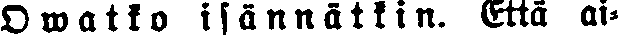
Osatko isännätkin. Että ai-